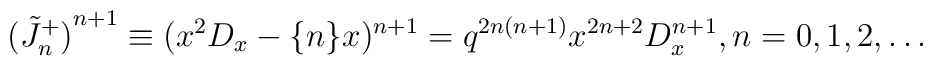
{(\tilde J^+_n)}^{n+1} \equiv  (x^2 D_x - \{ n \}  x)^{n+1} =q^{2n(n+1)}x^{2n+2} D^{n+1}_x , n=0,1,2,\ldots